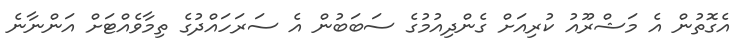
އެގޮތުން އެ މަޝްރޫއު ކުރިއަށް ގެންދިއުމުގެ ސަބަބުން އެ ސަރަހައްދުގެ ތިމާވެއްޓަށް އަންނާނެ